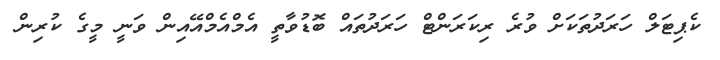
ކެޕިޓަލް ހަރަދުތަކަށް ވުރެ ރިކަރަންޓް ހަރަދުތައް ބޮޑުވާތީ އެމްއެމްއޭއިން ވަނީ މީގެ ކުރިން